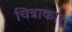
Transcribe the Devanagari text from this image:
चित्राकार